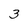
Character: 3